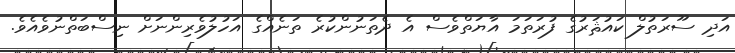
އަދި ސޫރަތުލް ކައުޘަރުގެ ފުރަތަމަ އާޔަތްވެސް އެ ދެތަނުންކުރެ ތަނެއްގެ އަހުލުވެރިންނަށް ނިސްބަތްނުވެއެވެ.